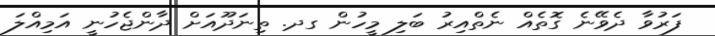
ފަރުވާ ދެވޭނެ ގޮތެއް ނެތްއިރު ބަލި މީހުން ގދ. ތިނަދޫއަށް ދާންޖެހުނީ އަމިއްލަ